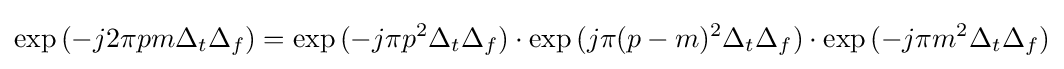
\exp {(-j2\pi pm\Delta _{t}\Delta _{f})}=\exp {(-j\pi p^{2}\Delta _{t}\Delta _{f})}\cdot \exp {(j\pi (p-m)^{2}\Delta _{t}\Delta _{f})}\cdot \exp {(-j\pi m^{2}\Delta _{t}\Delta _{f})}